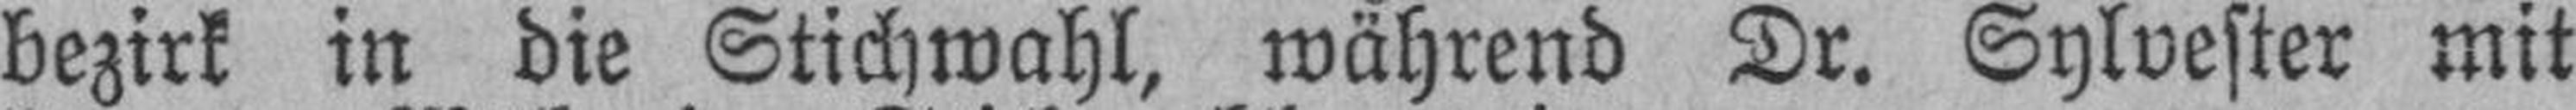
bezirk in die Stichwahl, während Dr. Sylvester mit